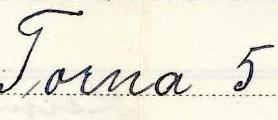
Torna 5